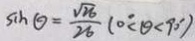
\sin \theta = \frac { \sqrt { 2 6 } } { 2 6 } ( 0 ^ { \circ } < \theta < 9 0 ^ { \circ } )